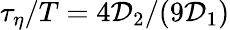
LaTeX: \tau_{\eta}/T=4\mathcal{D}_{2}/(9\mathcal{D}_{1})